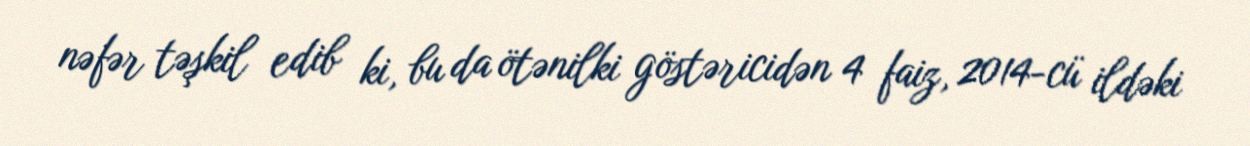
nəfər təşkil edib ki, bu da ötənilki göstəricidən 4 faiz, 2014-cü ildəki